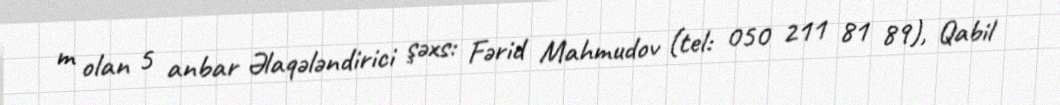
m olan 5 anbar Əlaqələndirici şəxs: Fərid Mahmudov (tel: 050 211 81 89), Qabil